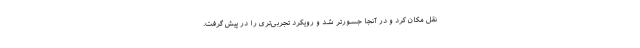
نقل مکان کرد و در آنجا جسورتر شد و رویکرد تجربی‌تری را در پیش گرفت.